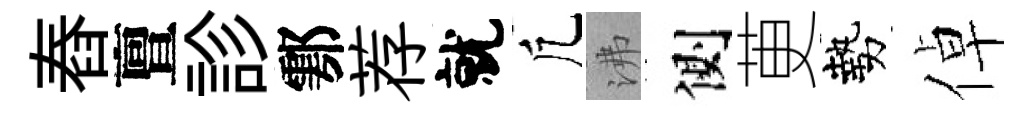
舂亶診鄠荐就凢沸側茰勢倬